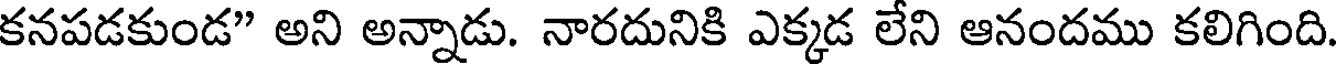
కనపడకుండ" అని అన్నాడు. నారదునికి ఎక్కడ లేని ఆనందము కలిగింది